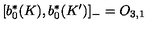
\lbrack b _ { 0 } ^ { \ast } ( K ) , b _ { 0 } ^ { \ast } ( K ^ { \prime } ) ] _ { - } = O _ { 3 , 1 }